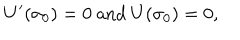
LaTeX: U ^ { \prime } ( \sigma _ { 0 } ) = 0 \mathrm { ~ a n d ~ } U ( \sigma _ { 0 } ) = 0 ,